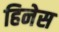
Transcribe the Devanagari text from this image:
हिनेस